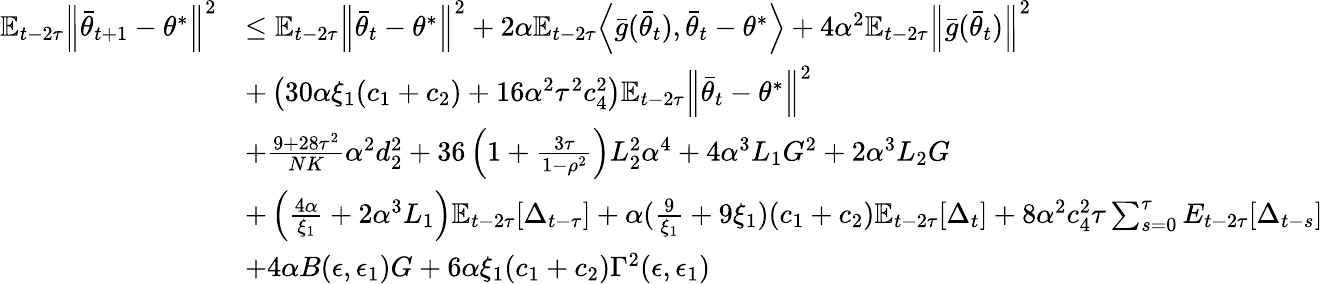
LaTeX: \begin{array}{rl}{\mathbb{E}_{t-2\tau}\Big\lVert\bar{\theta}_{t+1}-\theta^{*}\Big\rVert^{2}}&{\le\mathbb{E}_{t-2\tau}\Big\lVert\bar{\theta}_{t}-\theta^{*}\Big\rVert^{2}+2\alpha\mathbb{E}_{t-2\tau}\Big\langle\bar{g}(\bar{\theta}_{t}),\bar{\theta}_{t}-\theta^{*}\Big\rangle+4\alpha^{2}\mathbb{E}_{t-2\tau}\Big\lVert\bar{g}(\bar{\theta}_{t})\Big\rVert^{2}}\\ &{+\left(30\alpha\xi_{1}(c_{1}+c_{2})+16\alpha^{2}\tau^{2}c_{4}^{2}\right)\mathbb{E}_{t-2\tau}\Big\lVert\bar{\theta}_{t}-\theta^{*}\Big\rVert^{2}}\\ &{+\frac{9+28\tau^{2}}{NK}\alpha^{2}d_{2}^{2}+36\left(1+\frac{3\tau}{1-\rho^{2}}\right)L_{2}^{2}\alpha^{4}+4\alpha^{3}L_{1}G^{2}+2\alpha^{3}L_{2}G}\\ &{+\left(\frac{4\alpha}{\xi_{1}}+2\alpha^{3}L_{1}\right)\mathbb{E}_{t-2\tau}[\Delta_{t-\tau}]+\alpha(\frac{9}{\xi_{1}}+9\xi_{1})(c_{1}+c_{2})\mathbb{E}_{t-2\tau}[\Delta_{t}]+8\alpha^{2}c_{4}^{2}\tau\sum_{s=0}^{\tau}E_{t-2\tau}[\Delta_{t-s}]}\\ &{+4\alpha B(\epsilon,\epsilon_{1})G+6\alpha\xi_{1}(c_{1}+c_{2})\Gamma^{2}(\epsilon,\epsilon_{1})}\end{array}